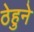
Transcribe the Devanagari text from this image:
ठेहुने